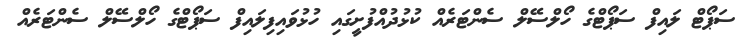
ސަޕޯޓް ލައިފް ސަޕޯޓްގެ ހޯލްސޭލް ސެންޓަރެއް ކުޅުދުއްފުށީގައި ހުޅުވައިފިލައިފް ސަޕޯޓްގެ ހޯލްސޭލް ސެންޓަރެއް